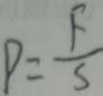
P = \frac { F } { S }